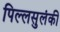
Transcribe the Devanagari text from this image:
पिल्लसुलंकी